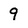
Character: 9